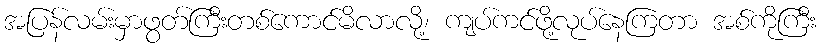
အပြန်လမ်းမှာဖွတ်ကြီးတစ်ကောင်မိလာလို့၊ ကျပ်ကင်ဖို့လုပ်နေကြတာ အစ်ကိုကြီး